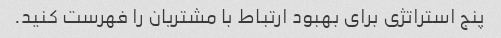
پنج استراتژی برای بهبود ارتباط با مشتریان را فهرست کنید.